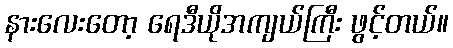
နားလေးတော့ ရေဒီယိုအကျယ်ကြီး ဖွင့်တယ်။